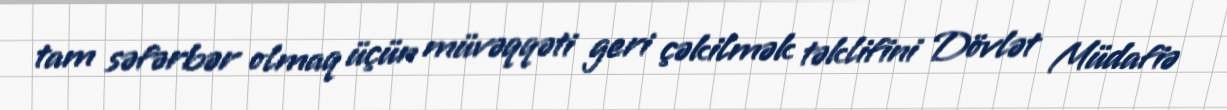
tam səfərbər olmaq üçün müvəqqəti geri çəkilmək təklifini Dövlət Müdafiə